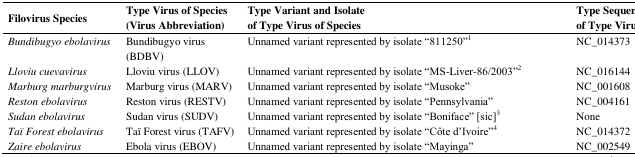
<table><thead><tr><td><b>Filovirus Species</b></td><td><b>Type Virus of Species (Virus Abbreviation)</b></td><td><b>Type Variant and Isolate of Type Virus of Species</b></td><td><b>Type Sequence of Type Variant of Type Virus of Species (RefSeq)</b></td></tr></thead><tbody><tr><td><i>Bundibugyo ebolavirus</i></td><td>Bundibugyo virus (BDBV)</td><td>Unnamed variant represented by isolate “811250”<sup>1</sup></td><td>NC_014373</td></tr><tr><td><i>Lloviu cuevavirus</i></td><td>Lloviu virus (LLOV)</td><td>Unnamed variant represented by isolate “MS-Liver-86/2003”<sup>2</sup></td><td>NC_016144</td></tr><tr><td><i>Marburg marburgvirus</i></td><td>Marburg virus (MARV)</td><td>Unnamed variant represented by isolate “Musoke”</td><td>NC_001608</td></tr><tr><td><i>Reston ebolavirus</i></td><td>Reston virus (RESTV)</td><td>Unnamed variant represented by isolate “Pennsylvania”</td><td>NC_004161</td></tr><tr><td><i>Sudan ebolavirus</i></td><td>Sudan virus (SUDV)</td><td>Unnamed variant represented by isolate “Boniface” [sic]<sup>3</sup></td><td>None</td></tr><tr><td><i>Taï Forest ebolavirus</i></td><td>Taï Forest virus (TAFV)</td><td>Unnamed variant represented by isolate “Côte d’Ivoire”<sup>4</sup></td><td>NC_014372 </td></tr><tr><td><i>Zaire ebolavirus</i></td><td>Ebola virus (EBOV)</td><td>Unnamed variant represented by isolate “Mayinga”</td><td>NC_002549 </td></tr></tbody></table>